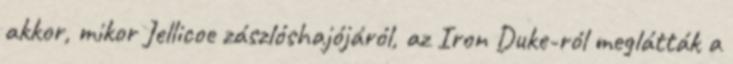
akkor, mikor Jellicoe zászlóshajójáról, az Iron Duke-ról meglátták a